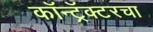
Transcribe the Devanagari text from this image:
कॉन्ट्रॅक्टरचा